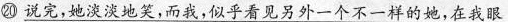
⑳ \underline{说完，她淡淡地笑，而我，似乎看见另外一个不一样的她，在我眼}